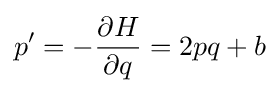
\displaystyle p^{\prime }=-{\frac {\partial H}{\partial q}}=2pq+b